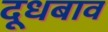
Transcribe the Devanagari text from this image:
दूधबाव